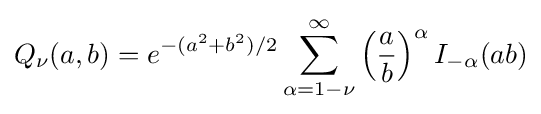
Q_{\nu }(a,b)=e^{-(a^{2}+b^{2})/2}\sum _{\alpha =1-\nu }^{\infty }\left({\frac {a}{b}}\right)^{\alpha }I_{-\alpha }(ab)